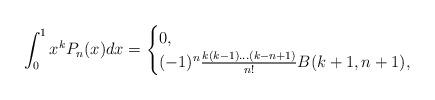
LaTeX: \begin{align*}\int_0^1 x^kP_n(x)dx =\begin{cases}0, &\\(-1)^n\frac{k(k-1)\dots(k-n+1)}{n!}B(k+1,n+1), &\end{cases}\end{align*}